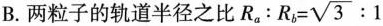
B.两粒子的轨道半径之比$$R_{a}:R_{b}= \sqrt{3}:1$$